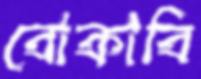
বোকাবি